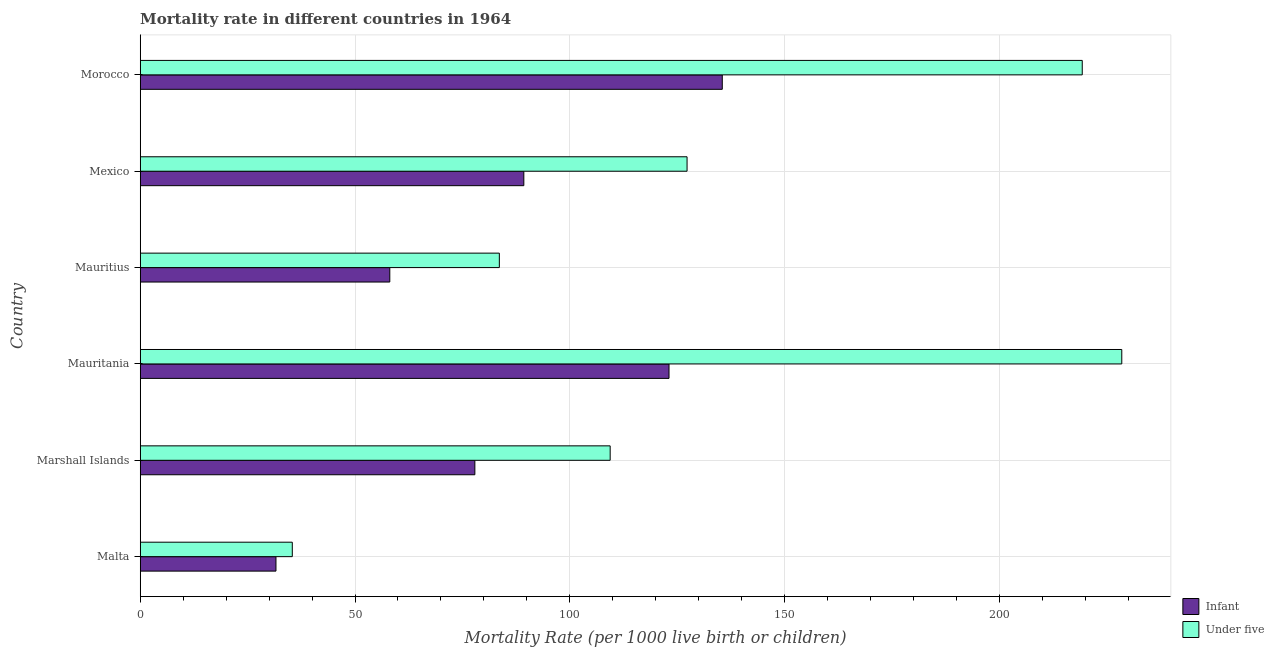
| Country | Infant | Under five |
 | --- | --- | --- |
 | Malta | 31.6 | 35.4 |
 | Marshall Islands | 77.9 | 109 |
 | Mauritania | 123 | 228 |
 | Mauritius | 58.1 | 83.6 |
 | Mexico | 89.3 | 127 |
 | Morocco | 136 | 219 |